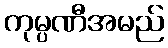
ကုမ္ပဏီအမည်